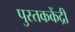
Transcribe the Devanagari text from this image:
पुस्तककेंद्री